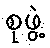
စုဖွဲ့